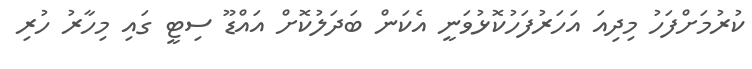
ކުރުމަށްފަހު މިދިއަ އަހަރުފަހުކޮޅުވަނީ އެކަން ބަދަލުކޮށް އައްޑޫ ސިޓީ ގައި މިހާރު ހުރި